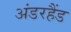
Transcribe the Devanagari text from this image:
अंडरहैंड